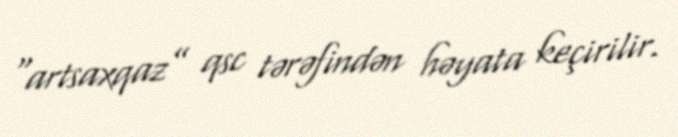
“artsaxqaz” qsc tərəfindən həyata keçirilir.